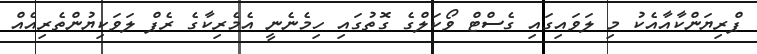
ޕްރިޔަންކާއާއެކު މި ލަވައިގައި ގެސްޓް ވޯކަލްގެ ގޮތުގައި ހިމެނެނީ އެމެރިކާގެ ރެޕް ލަވަކިޔުންތެރިއެއް